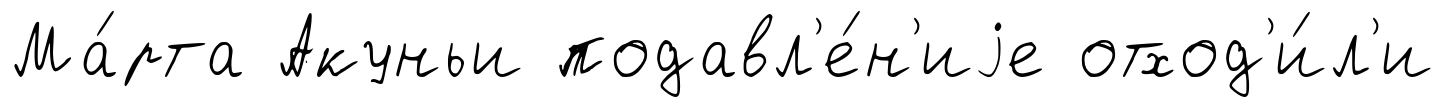
Ма́рта Акуньи подавл'е́н'иjе отход'и́л'и